Report on the administration of the Government Cinchona Department 1892-98
Year: 1892
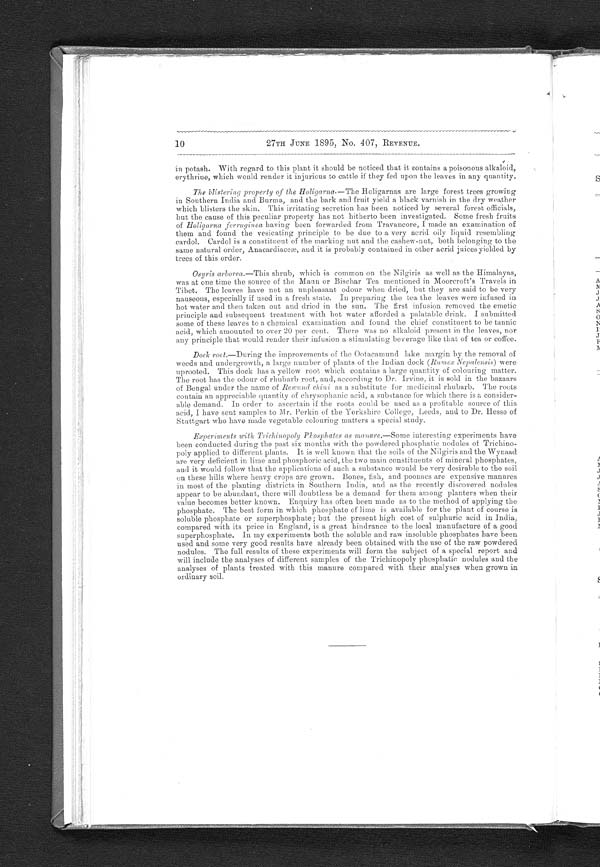
10
27TH JUNE 1895, No. 407, REVENUE.
in potash. With regard to this plant it should be noticed that it contains a poisonous alkaloid,
erythrine, which would render it injurious to cattle if they fed upon the leaves in any quantity.
The blistering property of the Holigarna.— The Holigarnas are large forest trees growing
in Southern India and Burma, and the bark and fruit yield a black varnish in the dry weather
which blisters the skin. This irritating secretion has been noticed by several forest officials,
but the cause of this peculiar property has not hitherto been investigated. Some fresh fruits
of Holigarna ferruginea having been forwarded from Travancore, I made an examination of
them and found the vesicating principle to be due to a very acrid oily liquid resembling
cardol. Cardol is a constituent of the marking nut and the cashew-nut, both belonging to the
same natural order, Anacardiaceæ, and it is probably contained in other acrid juices yielded by
trees of this order.
Osyris arborea.—This shrub, which is common on the Nilgiris as well as the Himalayas,
was at one time the source of the Maun or Bischar Tea mentioned in Moorcroft's Travels in
Tibet. The leaves have not an unpleasant odour when dried, but they are said to be very
nauseous, especially if used in a fresh state. In preparing the tea the leaves were infused in
hot water and then taken out and dried in the sun. The first infusion removed the emetic
principle and subsequent treatment with hot water afforded a palatable drink. I submitted
some of these leaves to a chemical examination and found the chief constituent to be tannic
acid, which amounted to over 20 per cent. There was no alkaloid present in the leaves, nor
any principle that would render their infusion a stimulating beverage like that of tea or coffee.
Dock root.—During the improvements of the Ootacamund lake margin by the removal of
weeds and undergrowth, a large number of plants of the Indian dock ( Rumex Nepalensis ) were
uprooted. This dock has a yellow root which contains a large quantity of colouring matter.
The root has the odour of rhubarb root, and, according to Dr. Irvine, it is sold in the bazaars
of Bengal under the name of Rewund chini as a substitute for medicinal rhubarb. The roots
contain an appreciable quantity of chrysophanic acid, a substance for which there is a consider-
able demand. In order to ascertain if the roots could be used as a profitable source of this
acid, I have sent samples to Mr. Perkin of the Yorkshire College, Leeds, and to Dr. Hesse of
Stuttgart who have made vegetable colouring matters a special study.
Experiments with Trichinopoly Phosphates as manure.—Some interesting experiments have
been conducted during the past six months with the powdered phosphatic nodules of Trichino-
poly applied to different plants. It is well known that the soils of the Nilgiris and the Wynaad
are very deficient in lime and phosphoric acid, the two main constituents of mineral. phosphates,
and it would follow that the applications of such a substance would be very desirable to the soil
on these hills where heavy crops are grown. Bones, fish, and poonacs are expensive manures
in most of the planting districts in Southern India, and as the recently discovered nodules
appear to be abundant, there will doubtless be a demand for them among planters when their
value becomes better known. Enquiry has often been made as to the method of applying the
phosphate. The best form in which phosphate of lime is available for the plant of course is
soluble phosphate or superphosphate; but the present high cost of sulphuric acid in India,
compared with its price in England, is a great hindrance to the local manufacture of a good
superphosphate. In my experiments both the soluble and raw insoluble phosphates have been
used and some very good results have already been obtained with the use of the raw powdered
nodules. The full results of these experiments will form the subject of a special report and
will include the analyses of different samples of the Trichinopoly phosphatic, nodules and the
analyses of plants treated with this manure compared with their analyses when grown in
ordinary soil,